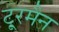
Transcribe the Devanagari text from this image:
टू्रमैन